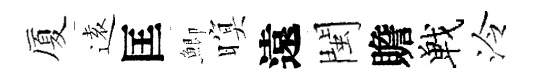
厦逺匡鯽暝遠閩贍戰泠